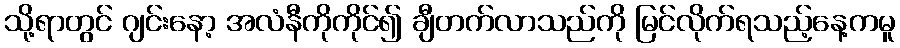
သို့ရာတွင် ဂျင်းနော့ အလံနီကိုကိုင်၍ ချီတက်လာသည်ကို မြင်လိုက်ရသည့်နေ့ကမူ